Vaccine operations Central Provinces 1900-1911 - 1900-1911
Year: 1900
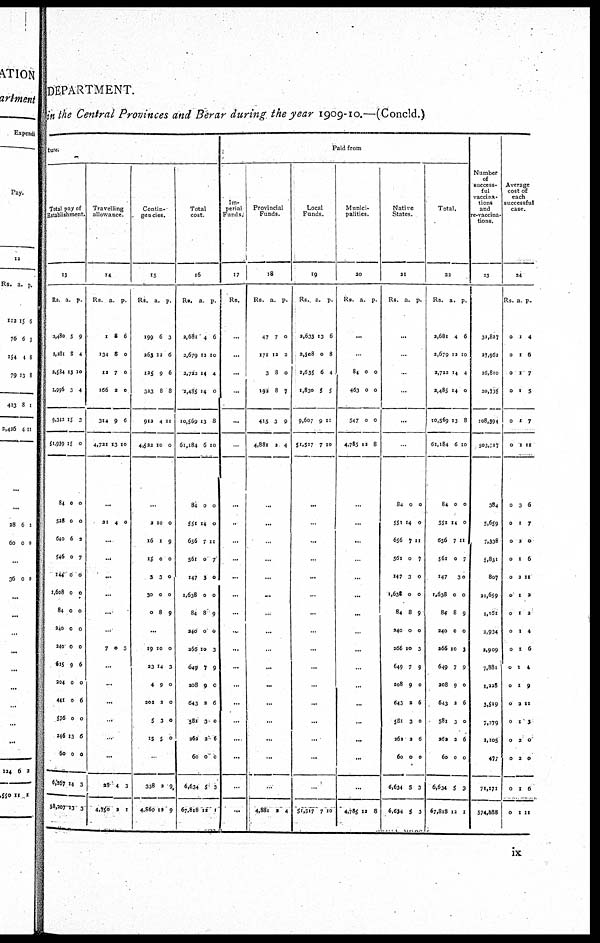
DEPARTMENT.
in the Central Provinces and Berar during the year 1909-10.—(Concld.)
tore.
Total pay of
Establishment.
13
Rs.
2,480
2,281
2,584
1,996
9,342
51,939
84
528
640
546
144
1,608
84
240
240
625
204
441
576
245
60
6,167
58,207
a.
5
8
15
3
15
15
0
0
6
0
0
0
0
0
0
9
0
0
0
13
0
14
13
p.
9
4
10
4
3
0
0
0
2
7
0
0
0
0
0
6
0
6
0
6
0
3
3
Travelling
allowance.
14
Rs.
1
134
12
166
314
4,721
a.
8
8
7
2
9
13
p.
6
0
0
0
6
10
...
21 4 0
...
...
...
...
...
...
7 0 3
...
...
...
...
...
...
28
4,750
4
2
3
1
Contin-
gencies.
15
Rs.
199
263
125
323
912
4,522
a.
6
12
9
8
4
10
p.
3
6
5
8
11
0
...
2
16
15
3
30
0
10
1
0
3
0
8
0
9
0
0
0
9
...
19
23
4
202
5
15
10
14
9
2
3
5
0
3
0
0
0
0
...
338
4,860
2
12
9
9
Total
cost.
16
Rs.
2,681
2,679
2,723
2,485
10,569
61,184
84
551
656
561
147
1,638
84
240
266
649
208
643
581
262
60
6,634
67,818
a.
4
12
14
14
13
6
0
14
7
0
5
0
8
0
10
7
9
2
3
2
0
5
13
p.
6
10
4
0
8
10
0
0
11
7
0
0
9
0
3
9
0
6
0
6
0
3
1
Paid from
Im-
perial
Funds.
17
Rs.
...
...
...
...
...
...
...
...
...
...
...
...
...
...
...
...
...
...
...
...
...
...
...
Provincial
Funds.
18
Rs.
47
171
3
192
415
4,881
a
7
13
8
8
3
2
p.
0
3
0
7
9
4
...
...
...
...
...
...
...
...
...
...
...
...
...
...
...
...
4,881 2 4
Local
Funds.
19
Rs.
2,633
2,508
2,635
1,830
9,607
51,517
a.
13
0
6
5
9
7
p.
6
8
4
5
11
10
...
...
...
...
...
...
...
...
...
...
...
...
...
...
...
...
51,517 7 10
Munici-
palities.
20
Rs. a. p.
...
...
84
463
547
4,78S
0
0
0
12
0
0
0
8
...
...
...
...
...
...
...
...
...
...
...
...
..
...
...
...
4,785 12 8
Native
States.
21
Rs. a. p.
...
...
...
...
...
...
84
551
656
561
147
1,638
84
240
266
649
208
643
581
262
60
6,634
6,634
0
14
7
0
3
0
8
0
10
7
9
2
3
2
0
5
5
0
0
11
7
0
0
9
0
3
9
0
6
0
6
0
3
3
Total.
22
Rs.
2,681
2,670
2,722
2,485
10,569
61,184
84
551
656
561
147
1,638
84
240
266
649
308
643
581
262
60
6,634
57,818
a.
4
12
14
14
13
6
0
14
7
0
3
0
8
0
10
7
9
2
3
2
0
5
12
p.
6
10
4
0
8
10
0
0
11
7
0
0
9
0
3
9
0
6
0
6
0
3
1
Number
of
success-
ful
vaccina-
tions
and
re-vacci na-
tions.
23
32,827
27,962
26,810
20,795
108,594
503,717
384
5,659
7,338
5,831
807
21,659
1,161
3,934
3,909
7,881
1,228
3,519
7,279
2,105
477
71,171
574,888
Average
cost of
each
successful
case.
24
Rs.
0
0
0
0
0
0
0
0
0
0
0
0
0
0
0
0
0
0
0
0
0
0
0
a
1
1
1
1
1
1
3
1
2
1
3
1
1
1
1
1
1
2
1
2
2
1
1
p.
4
6
7
5
7
11
6
7
0
6
11
2
2
4
6
4
9
11
3
0
0
6
11
ix